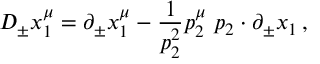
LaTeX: D _ { \pm } x _ { 1 } ^ { \mu } = \partial _ { \pm } x _ { 1 } ^ { \mu } - \frac 1 { p _ { 2 } ^ { 2 } } p _ { 2 } ^ { \mu } \, \, p _ { 2 } \cdot \partial _ { \pm } x _ { 1 } \, ,